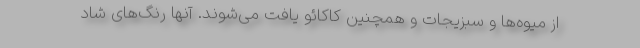
از میوه‌ها و سبزیجات و همچنین کاکائو یافت می‌شوند. آنها رنگ‌های شاد